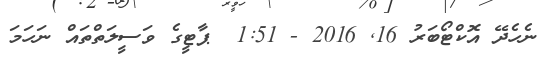
ނެހެދޭ އޮކްޓޯބަރު 16